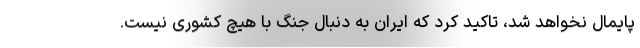
پایمال نخواهد شد، تاکید کرد که ایران به دنبال جنگ با هیچ کشوری نیست.